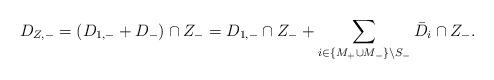
LaTeX: \begin{align*}D_{Z,-}=(D_{1,-}+D_-)\cap Z_-=D_{1,-}\cap Z_-+\sum_{i\in \{M_+\cup M_-\}\setminus S_- }\bar D_i\cap Z_-.\end{align*}